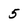
Character: 5